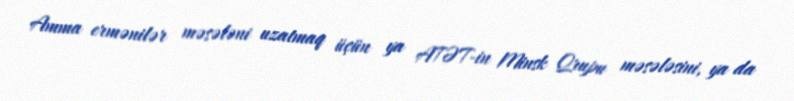
Amma ermənilər məsələni uzatmaq üçün ya ATƏT-in Minsk Qrupu məsələsini, ya da